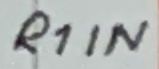
Text: R1IN